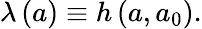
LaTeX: \lambda\left(a\right)\equiv h\left(a,a_{0}\right).